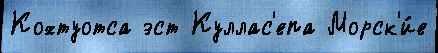
Кохтуотса эст Куллас'епа Морск'и́е